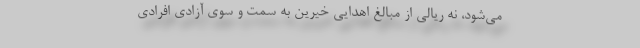
می‌شود، نه ریالی از مبالغ اهدایی خیرین به سمت و سوی آزادی افرادی